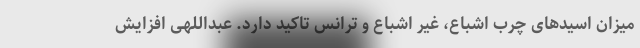
میزان اسیدهای چرب اشباع، غیر اشباع و ترانس تاکید دارد. عبداللهی افزایش